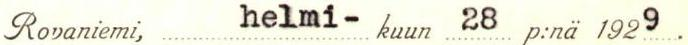
Rovaniemi,  helmi- kuun 28 p:nä 1929 .